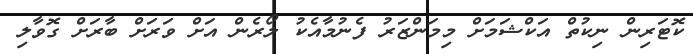
ކޮޓަރިން ނިކުތް އަކްޝަމަށް މިމަންޒަރު ފެނުމާއެކު ލޯރެން އަށް ވަރަށް ބާރަށް ގޮވާލި